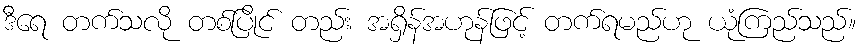
ဒီရေ တက်သလို တစ်ပြိုင် တည်း အရှိန်အဟုန်ဖြင့် တက်ရမည်ဟု ယုံကြည်သည်။